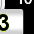
Digit: 3